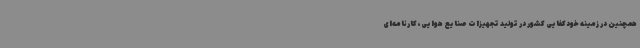
همچنین در زمینه خودکفایی کشور در تولید تجهیزات صنایع هوایی، کارنامه‌ای